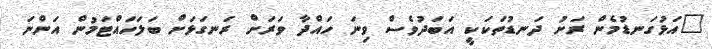
"އަޅުގަނޑުމެން ރަށު ދަނޑުތަކަކީ އަބަދުވެސް ވިނަ ހައްދާ ވަރަށް ރަނގަޅަށް ބަލަހައްޓަމުން އަންނަ